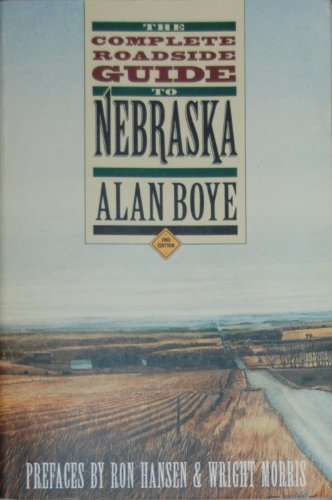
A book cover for Complete Roadside Guide to Nebraska Revised; Alan Boye; Travel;